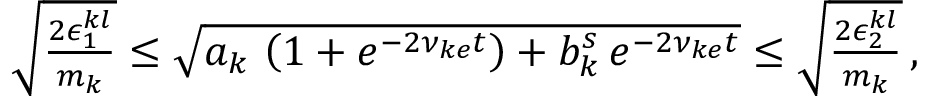
\begin{array} { r } { \sqrt { \frac { 2 \epsilon _ { 1 } ^ { k l } } { m _ { k } } } \le \sqrt { a _ { k } \, \left( 1 + e ^ { - 2 \nu _ { k e } t } \right) + b _ { k } ^ { s } \, e ^ { - 2 \nu _ { k e } t } } \le \sqrt { \frac { 2 \epsilon _ { 2 } ^ { k l } } { m _ { k } } } \, , } \end{array}